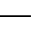
-